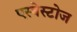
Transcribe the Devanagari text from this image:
एस्बेस्टोज